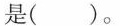
是()。